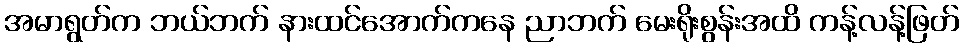
အမာရွတ်က ဘယ်ဘက် နားထင်အောက်ကနေ ညာဘက် မေးရိုးစွန်းအထိ ကန့်လန့်ဖြတ်